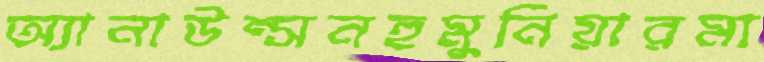
অ্যানাউন্সনহুমুনিয়ারমা